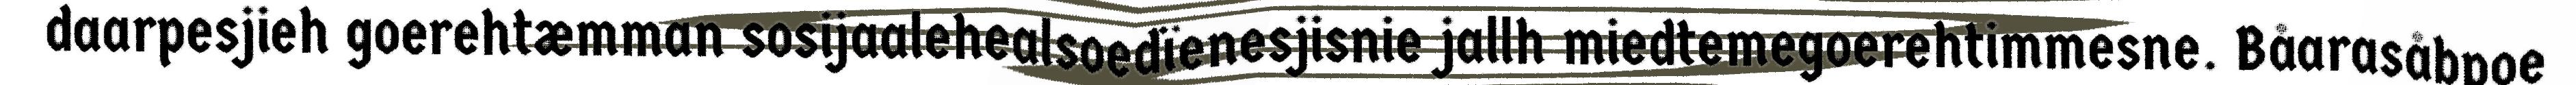
daarpesjieh goerehtæmman sosijaalehealsoedïenesjisnie jallh miedtemegoerehtimmesne. Båarasåbpoe